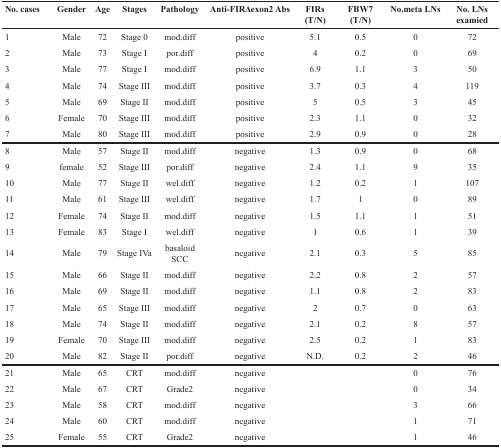
<table><thead><tr><td><b>No. cases</b></td><td><b>Gender</b></td><td><b>Age</b></td><td><b>Stages</b></td><td><b>Pathology</b></td><td><b>Anti-FIRΔexon2 Abs</b></td><td><b>FIRs(T/N)</b></td><td><b>FBW7(T/N)</b></td><td><b>No.meta LNs</b></td><td><b>No. LNsexamied</b></td></tr></thead><tbody><tr><td>1</td><td>Male</td><td>72</td><td>Stage 0</td><td>mod.diff</td><td>positive</td><td>5.1</td><td>0.5</td><td>0</td><td>72</td></tr><tr><td>2</td><td>Male</td><td>73</td><td>Stage I</td><td>por.diff</td><td>positive</td><td>4</td><td>0.2</td><td>0</td><td>69</td></tr><tr><td>3</td><td>Male</td><td>77</td><td>Stage I</td><td>mod.diff</td><td>positive</td><td>6.9</td><td>1.1</td><td>3</td><td>50</td></tr><tr><td>4</td><td>Male</td><td>74</td><td>Stage III</td><td>mod.diff</td><td>positive</td><td>3.7</td><td>0.3</td><td>4</td><td>119</td></tr><tr><td>5</td><td>Male</td><td>69</td><td>Stage II</td><td>mod.diff</td><td>positive</td><td>5</td><td>0.5</td><td>3</td><td>45</td></tr><tr><td>6</td><td>Female</td><td>70</td><td>Stage III</td><td>mod.diff</td><td>positive</td><td>2.3</td><td>1.1</td><td>0</td><td>32</td></tr><tr><td>7</td><td>Male</td><td>80</td><td>Stage III</td><td>mod.diff</td><td>positive</td><td>2.9</td><td>0.9</td><td>0</td><td>28</td></tr><tr><td>8</td><td>Male</td><td>57</td><td>Stage II</td><td>mod.diff</td><td>negative</td><td>1.3</td><td>0.9</td><td>0</td><td>68</td></tr><tr><td>9</td><td>female</td><td>52</td><td>Stage III</td><td>por.diff</td><td>negative</td><td>2.4</td><td>1.1</td><td>9</td><td>35</td></tr><tr><td>10</td><td>Male</td><td>77</td><td>Stage II</td><td>wel.diff</td><td>negative</td><td>1.2</td><td>0.2</td><td>1</td><td>107</td></tr><tr><td>11</td><td>Male</td><td>61</td><td>Stage III</td><td>wel.diff</td><td>negative</td><td>1.7</td><td>1</td><td>0</td><td>89</td></tr><tr><td>12</td><td>Female</td><td>74</td><td>Stage II</td><td>mod.diff</td><td>negative</td><td>1.5</td><td>1.1</td><td>1</td><td>51</td></tr><tr><td>13</td><td>Female</td><td>83</td><td>Stage I</td><td>wel.diff</td><td>negative</td><td>1</td><td>0.6</td><td>1</td><td>39</td></tr><tr><td>14</td><td>Male</td><td>79</td><td>Stage IVa</td><td>basaloid SCC</td><td>negative</td><td>2.1</td><td>0.3</td><td>5</td><td>85</td></tr><tr><td>15</td><td>Male</td><td>66</td><td>Stage II</td><td>mod.diff</td><td>negative</td><td>2.2</td><td>0.8</td><td>2</td><td>57</td></tr><tr><td>16</td><td>Male</td><td>69</td><td>Stage II</td><td>mod.diff</td><td>negative</td><td>1.1</td><td>0.8</td><td>2</td><td>83</td></tr><tr><td>17</td><td>Male</td><td>65</td><td>Stage III</td><td>mod.diff</td><td>negative</td><td>2</td><td>0.7</td><td>0</td><td>63</td></tr><tr><td>18</td><td>Male</td><td>74</td><td>Stage II</td><td>mod.diff</td><td>negative</td><td>2.1</td><td>0.2</td><td>8</td><td>57</td></tr><tr><td>19</td><td>Female</td><td>70</td><td>Stage III</td><td>mod.diff</td><td>negative</td><td>2.5</td><td>0.2</td><td>1</td><td>83</td></tr><tr><td>20</td><td>Male</td><td>82</td><td>Stage II</td><td>por.diff</td><td>negative</td><td>N.D.</td><td>0.2</td><td>2</td><td>46</td></tr><tr><td>21</td><td>Male</td><td>65</td><td>CRT</td><td>mod.diff</td><td>negative</td><td></td><td></td><td>0</td><td>76</td></tr><tr><td>22</td><td>Male</td><td>67</td><td>CRT</td><td>Grade2</td><td>negative</td><td></td><td></td><td>0</td><td>34</td></tr><tr><td>23</td><td>Male</td><td>58</td><td>CRT</td><td>mod.diff</td><td>negative</td><td></td><td></td><td>3</td><td>66</td></tr><tr><td>24</td><td>Male</td><td>60</td><td>CRT</td><td>mod.diff</td><td>negative</td><td></td><td></td><td>1</td><td>71</td></tr><tr><td>25</td><td>Female</td><td>55</td><td>CRT</td><td>Grade2</td><td>negative</td><td></td><td></td><td>1</td><td>46</td></tr></tbody></table>